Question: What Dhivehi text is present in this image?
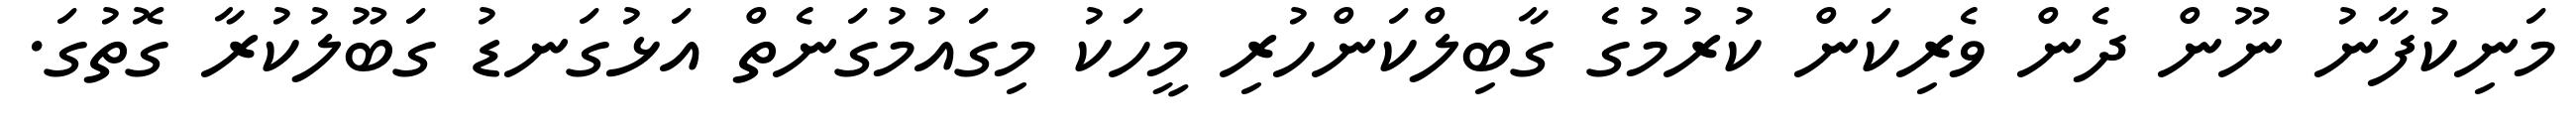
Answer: މަނިކުފާނު ނޫން ދެން ވެރިކަން ކުރުމުގެ ގާބިލްކަންހުރި މީހަކު މިގައުމުގަނެތް އަޅުގަނޑު ގަބޫލުކުރާ ގޮތުގަ.